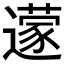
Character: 𮟔